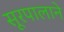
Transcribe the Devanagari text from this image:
सूरपालाने